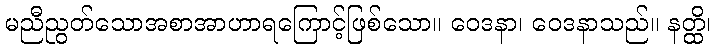
မညီညွတ်သောအစာအာဟာရကြောင့်ဖြစ်သော။ ဝေဒနာ၊ ဝေဒနာသည်။ နတ္ထိ၊